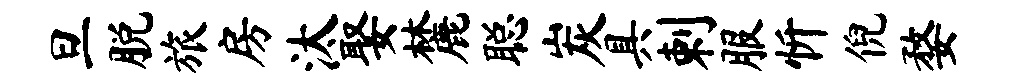
旦脱旅房汰娶麓聪炭具剌服忻倪婺